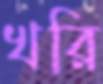
খরি